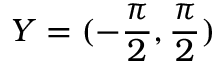
Y = ( - { \frac { \pi } { 2 } } , { \frac { \pi } { 2 } } )